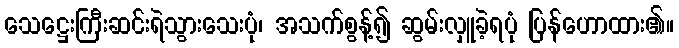
သေဋ္ဌေးကြီးဆင်းရဲသွားသေးပုံ၊ အသက်စွန့်၍ ဆွမ်းလှူခဲ့ရပုံ ပြန်ဟောထား၏။